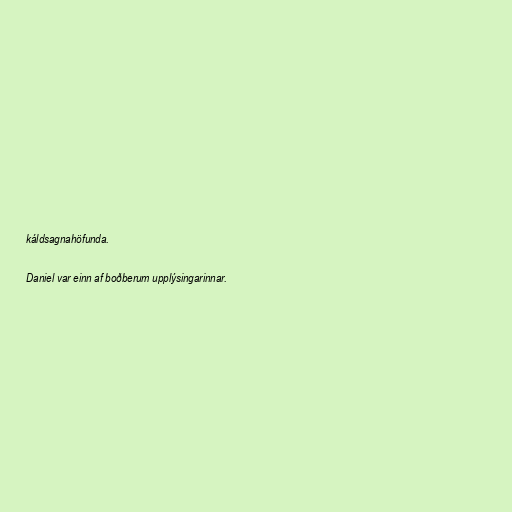
káldsagnahöfunda.

Daniel var einn af boðberum upplýsingarinnar.